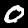
Label: 0